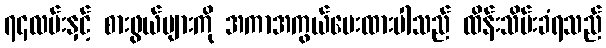
၇၄လမ်းနှင့် စားဖွယ်များကို အကာအကွယ်ပေးထားပါသည် ထိန်းသိမ်းခံရသည်